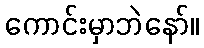
ကောင်းမှာဘဲနော်။